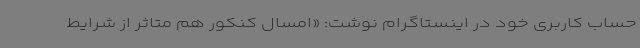
حساب کاربری خود در اینستاگرام نوشت: «امسال کنکور هم متاثر از شرایط